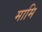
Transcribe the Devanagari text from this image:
मामि